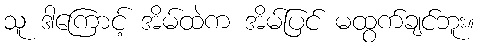
သူ ဒါကြောင့် အိမ်ထဲက အိမ်ပြင် မထွက်ချင်ဘူး။